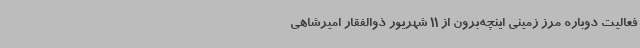
فعالیت دوباره مرز زمینی اینچه‌برون از 11 شهریور ذوالفقار امیرشاهی